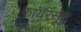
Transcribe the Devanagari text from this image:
फायरसूट